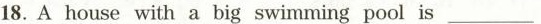
18. Ahouse with a big swimming pool is ___